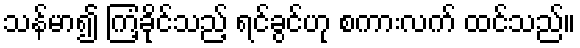
သန်မာ၍ ကြံ့ခိုင်သည့် ရင်ခွင်ဟု စကားလက် ထင်သည်။